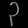
Digit: ၃